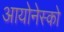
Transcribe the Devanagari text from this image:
आयोनेस्को